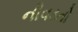
નીવડતો